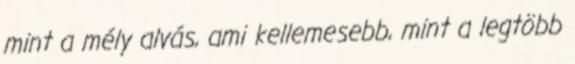
mint a mély alvás, ami kellemesebb, mint a legtöbb